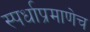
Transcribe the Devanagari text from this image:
स्पर्धाप्रमाणेच